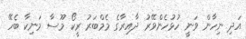
އަދި ނިހާން ވަނީ ހުޅުހެންވޭރު ދާއިރާގެ މެމްބަރު ރީކޯ މޫސާ މަނިކާ ބެހޭ